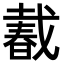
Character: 𢧨